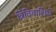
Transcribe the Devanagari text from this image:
त्रिदिवाशिये